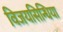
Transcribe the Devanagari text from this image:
विजयसिन्धिया